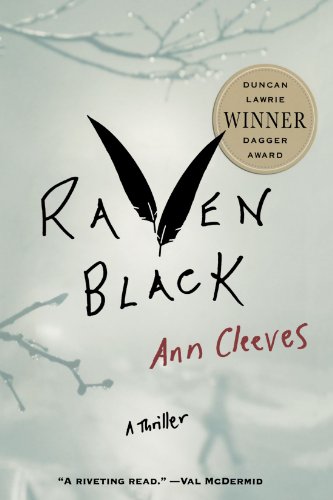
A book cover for Raven Black: Book One of the Shetland Island Quartet (Shetland Island Mysteries); Ann Cleeves; Mystery, Thriller & Suspense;